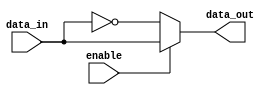
module active_low_buffer (
    input wire enable, // Enable signal
    input wire data_in, // Input signal
    output reg data_out // Output signal
);

always @* begin
    if (!enable) // If enable signal is low
        data_out = ~data_in; // Invert input signal
    else // If enable signal is high
        data_out = data_in; // Pass through input signal unchanged
end

endmodule